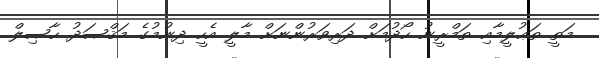
މަތީ ތަޢުލީމާއި ތަމްރީނު ހޯދުމަށް ދަރިވަރުންނަށް މާލީ އެހީ ދިނުމުގެ މަޤްޞަދު ޙާޞިލް